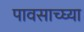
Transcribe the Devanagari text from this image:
पावसाच्घ्या